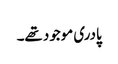
پادری موجود تھے۔